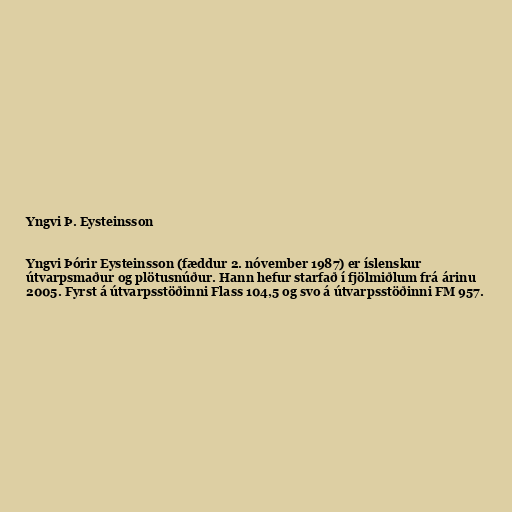
Yngvi Þ. Eysteinsson

Yngvi Þórir Eysteinsson (fæddur 2. nóvember 1987) er íslenskur
útvarpsmaður og plötusnúður. Hann hefur starfað í fjölmiðlum frá árinu
2005. Fyrst á útvarpsstöðinni Flass 104,5 og svo á útvarpsstöðinni FM 957.